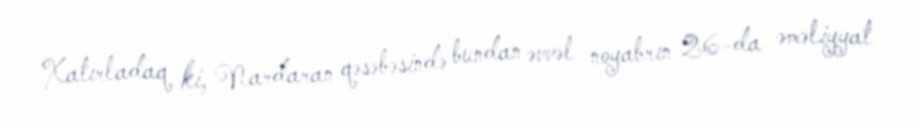
Xatırladaq ki, Nardaran qəsəbəsində bundan əvvəl noyabrın 26-da əməliyyat